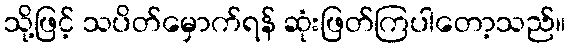
သို့ဖြင့် သပိတ်မှောက်ရန် ဆုံးဖြတ်ကြပါတော့သည်။